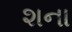
શના